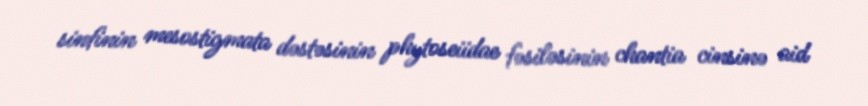
sinfinin mesostigmata dəstəsinin phytoseiidae fəsiləsinin chantia cinsinə aid